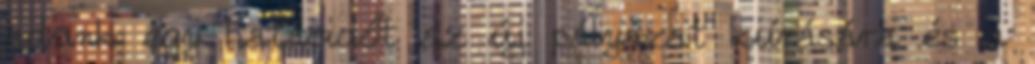
adunk egy határidőt az új pályázat kiírására és a